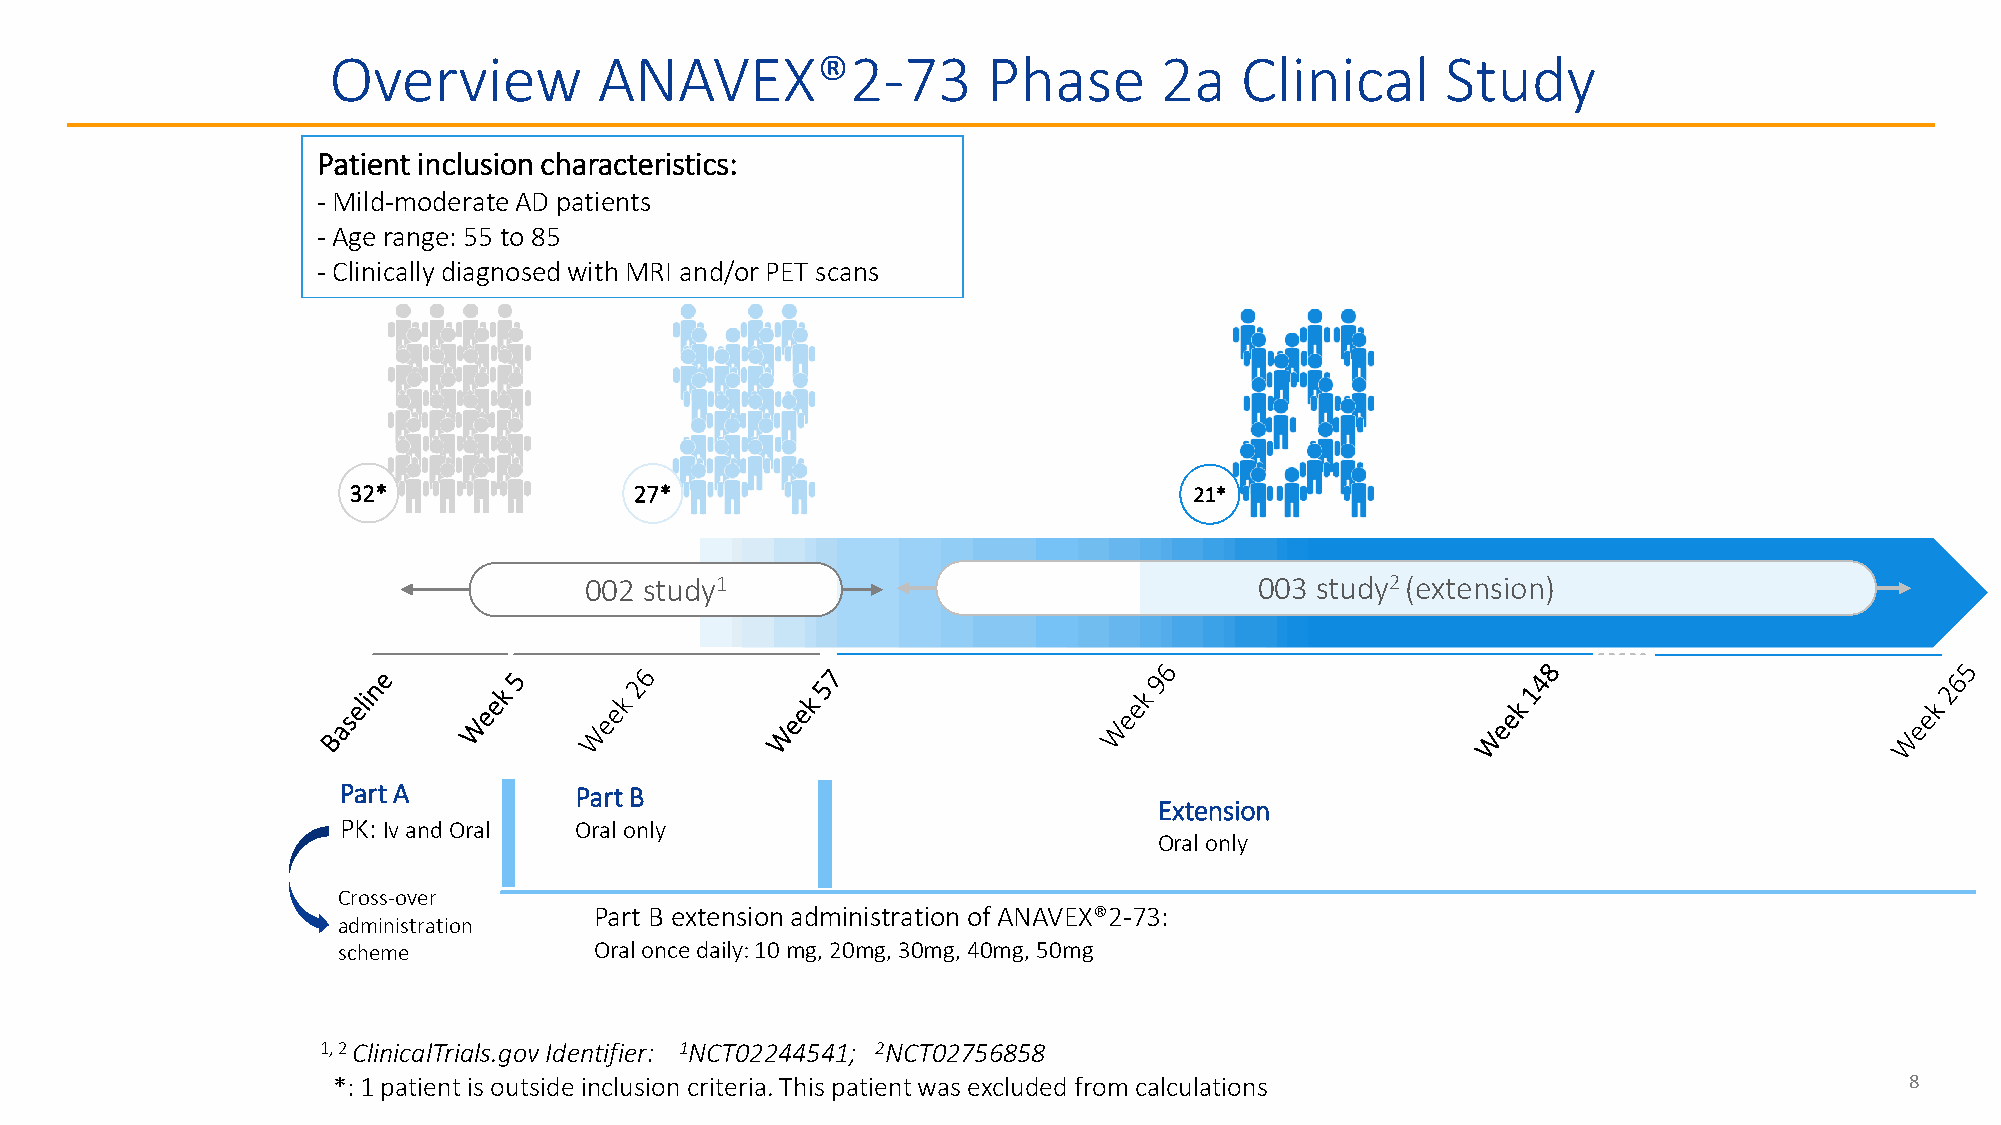
Overview          ANAVEX®2-73              Phase       2a   Clinical      Study
 Patient inclusion characteristics:
 - Mild-moderate AD patients
 - Age range: 55 to 85
 - Clinically diagnosed with MRI and/or PET scans
 32*                27*                                  21*
 002 study1                                  003 study2 (extension)
 Part A          Part B
 Extension
 PK: Iv and Oral Oral only
 Oral only
 Cross-over
 Part B extension administration of ANAVEX®2-73:
 administration
 scheme           Oral once daily: 10 mg, 20mg, 30mg, 40mg, 50mg
 1, 2 ClinicalTrials.gov Identifier: 1NCT02244541; 2NCT02756858
 *: 1 patient is outside inclusion criteria. This patient was excluded from calculations                 8